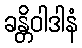
ခန္တိဝါဒါနံ